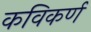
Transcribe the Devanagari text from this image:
कविकर्ण